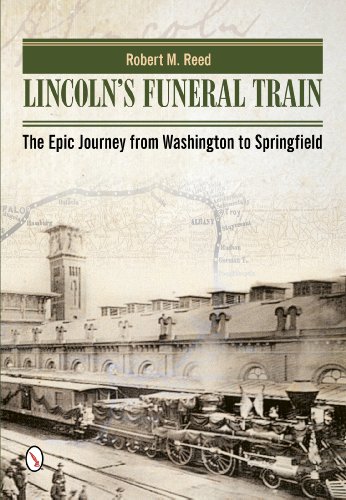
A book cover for Lincoln's Funeral Train: The Epic Journey from Washington to Springfield; Robert M. Reed; Engineering & Transportation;